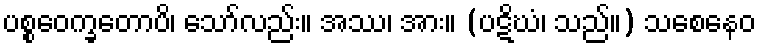
ပစ္စဝေက္ခတောပိ၊ သော်လည်း။ အဿ၊ အား။ (ပဋိဃံ၊ သည်။) သစေနေဝ